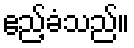
ဧည့်ခံသည်။